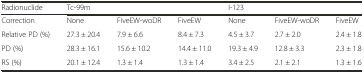
<table><thead><tr><td><b>Radionuclide</b></td><td colspan="3"><b>Tc-99m</b></td><td colspan="3"><b>I-123</b></td></tr></thead><tbody><tr><td>Correction</td><td>None</td><td>FiveEW-woDR</td><td>FiveEW</td><td>None</td><td>FiveEW-woDR</td><td>FiveEW</td></tr><tr><td>Relative PD (%)</td><td>27.3 ± 20.4</td><td>7.9 ± 6.6</td><td>8.4 ± 7.3</td><td>4.5 ± 3.7</td><td>2.7 ± 2.0</td><td>2.4 ± 1.8</td></tr><tr><td>PD (%)</td><td>28.3 ± 16.1</td><td>15.6 ± 10.2</td><td>14.4 ± 11.0</td><td>19.3 ± 4.9</td><td>12.8 ± 3.3</td><td>2.3 ± 1.8</td></tr><tr><td>RS (%)</td><td>20.1 ± 12.4</td><td>1.3 ± 1.4</td><td>1.3 ± 1.4</td><td>3.4 ± 2.5</td><td>2.1 ± 2.1</td><td>1.3 ± 1.6</td></tr></tbody></table>